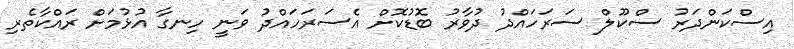
އިސްކަންދަރު ސްކޫލް ސަރަހައްދު ދުވާރު ބޮޑުކޮށް އެސަރަހައްދު ވަނީ ހިނގާ އުޅުމަށް ރައްކާތެރި